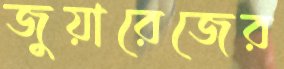
জুয়ারেজের